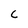
Character: C